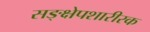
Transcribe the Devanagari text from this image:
सङ्क्षेपशारीरक